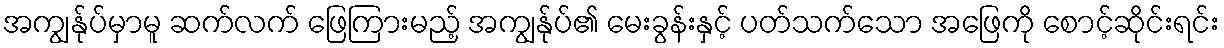
အကျွန်ုပ်မှာမူ ဆက်လက် ဖြေကြားမည့် အကျွန်ုပ်၏ မေးခွန်းနှင့် ပတ်သက်သော အဖြေကို စောင့်ဆိုင်းရင်း